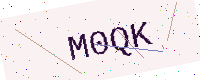
Text: M0QK